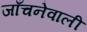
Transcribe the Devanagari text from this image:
जाँचनेवाली